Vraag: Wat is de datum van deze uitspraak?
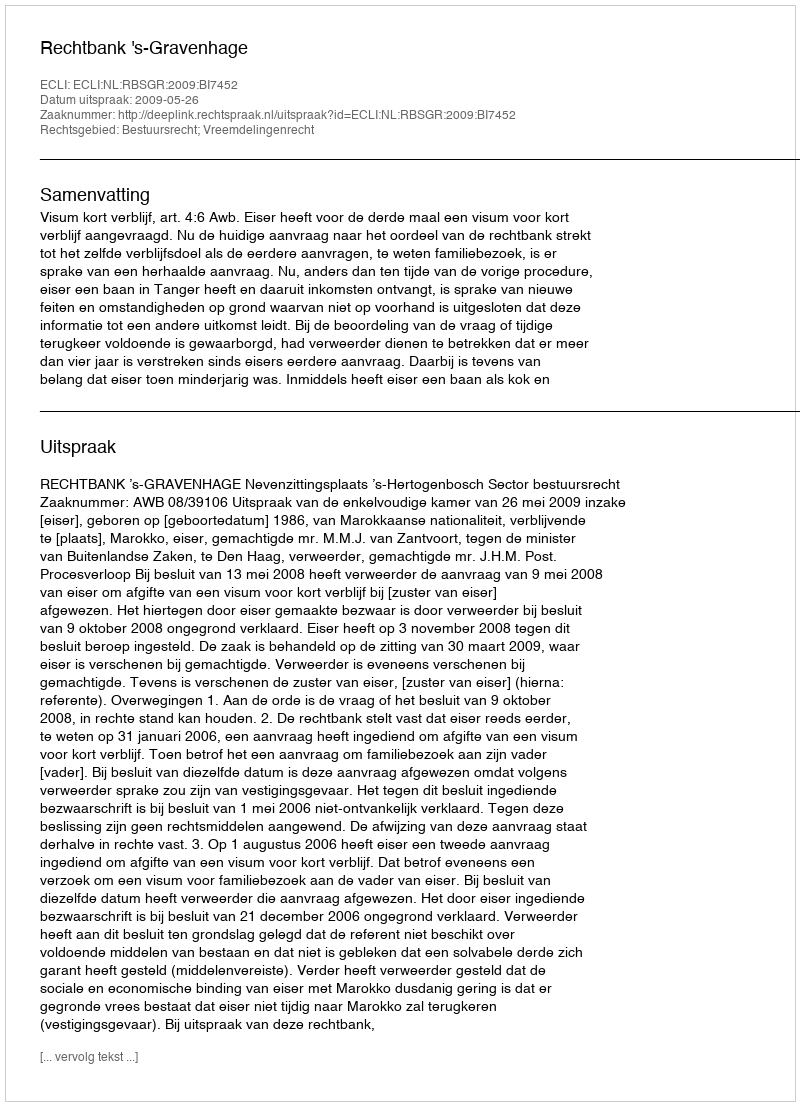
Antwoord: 2009-05-26